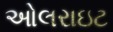
ઓલરાઇટ